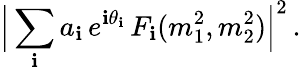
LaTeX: \Big|\sum_{\mathbf{i}}a_{\mathbf{i}}\, e^{\mathbf{i}\theta_{\mathbf{i}}}\, F_{\mathbf{i}}(m_{1}^{2},m_{2}^{2})\Big|^{2}\, .